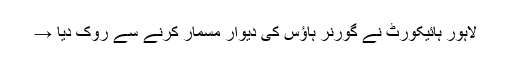
لاہور ہائیکورٹ نے گورنر ہاؤس کی دیوار مسمار کرنے سے روک دیا →